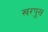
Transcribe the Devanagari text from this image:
खरपुस